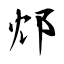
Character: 邥